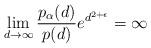
LaTeX: \begin{align*}\lim_{d\rightarrow\infty}\frac{p_\alpha(d)}{p(d)}e^{d^{2+\epsilon}}&=\infty\end{align*}